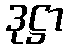
ဒုဋ္ဌာ